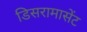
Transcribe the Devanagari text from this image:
डिसरामासेंट